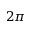
2 \pi